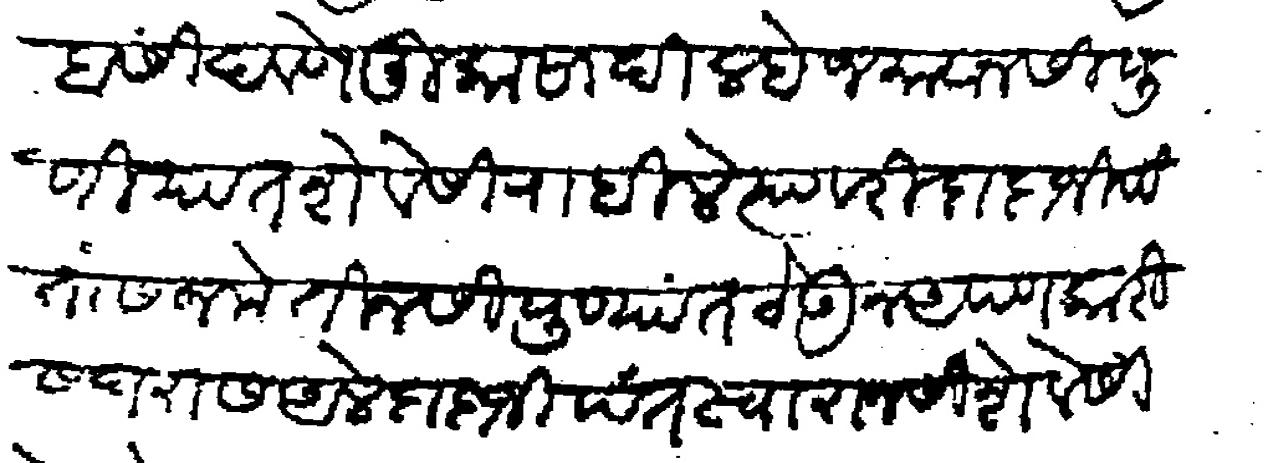
Transliteration (Devanagari): सींदवणे मुकासा दिल्हे जमावानसी पुणियात शेवेसी राहिले त्यावरी दादाजी पंतास जमेतीनसी पुण्यांत ठेऊन अपण कारीस घरास अले दादाजी पंत स्वारानसी शेवेसी